Problem: 8 × 5 = ?
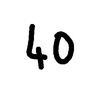
Handwritten answer: 40